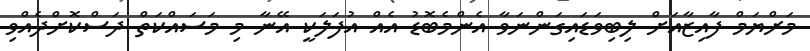
މަރްޔަމް ފާއިޒާއަށް ލިބިވަޑައިގަންނަވާ އެންމެބޮޑު އެއް އުފަލަކީ އޭނާ މި މަސައްކަތް ދަސްކޮށްދެއްވި